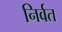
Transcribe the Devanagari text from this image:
निर्वत